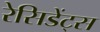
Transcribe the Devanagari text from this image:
रेसिडेंट्स